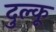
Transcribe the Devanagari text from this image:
दुल्कू